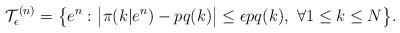
LaTeX: \begin{align*}\mathcal{T}_{\epsilon}^{(n)}=\big\{e^n:\ &\big|\pi(k|e^n)-pq(k)\big|\leq\epsilon pq(k),\ \forall 1\leq k\leq N\big\}.\end{align*}